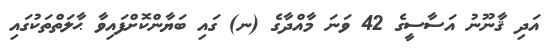
އަދި ޤާނޫނު އަސާސީގެ 42 ވަނަ މާއްދާގެ (ނ) ގައި ބަޔާންކޮށްފައިވާ ޙާލަތްތަކުގައި